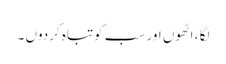
لگا ، اٹھوں اور سب کوتباہ کردوں ۔